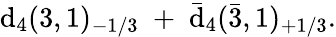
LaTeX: \mathrm{d}_{4}(3,1)_{-1/3}\; +\; \bar{{\mathrm{d}}}_{4}(\bar{{3}},1)_{+1/3}.